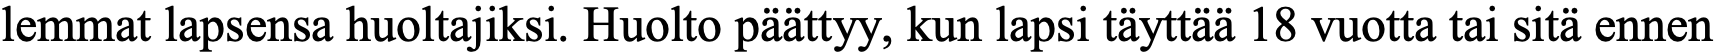
lemmat lapsensa huoltajiksi. Huolto päättyy, kun lapsi täyttää 18 vuotta tai sitä ennen